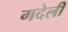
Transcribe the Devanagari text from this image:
गदेली